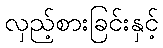
လှည့်စားခြင်းနှင့်